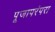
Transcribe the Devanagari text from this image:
पूजापरंपरा